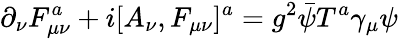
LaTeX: \partial_{\nu}F_{\mu\nu}^{a}+i[A_{\nu},F_{\mu\nu}]^{a}=g^{2}\bar{\psi}T^{a}\gamma_{\mu}\psi